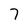
Character: 7